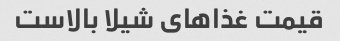
قیمت غذاهای شیلا بالاست